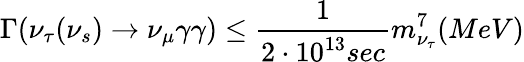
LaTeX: \Gamma(\nu_{\tau}(\nu_{s})\rightarrow\nu_{\mu}\gamma\gamma)\leq\frac{1}{2\cdot 10^{13}sec}m_{\nu_{\tau}}^{7}(MeV)